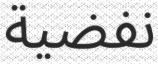
نفضية